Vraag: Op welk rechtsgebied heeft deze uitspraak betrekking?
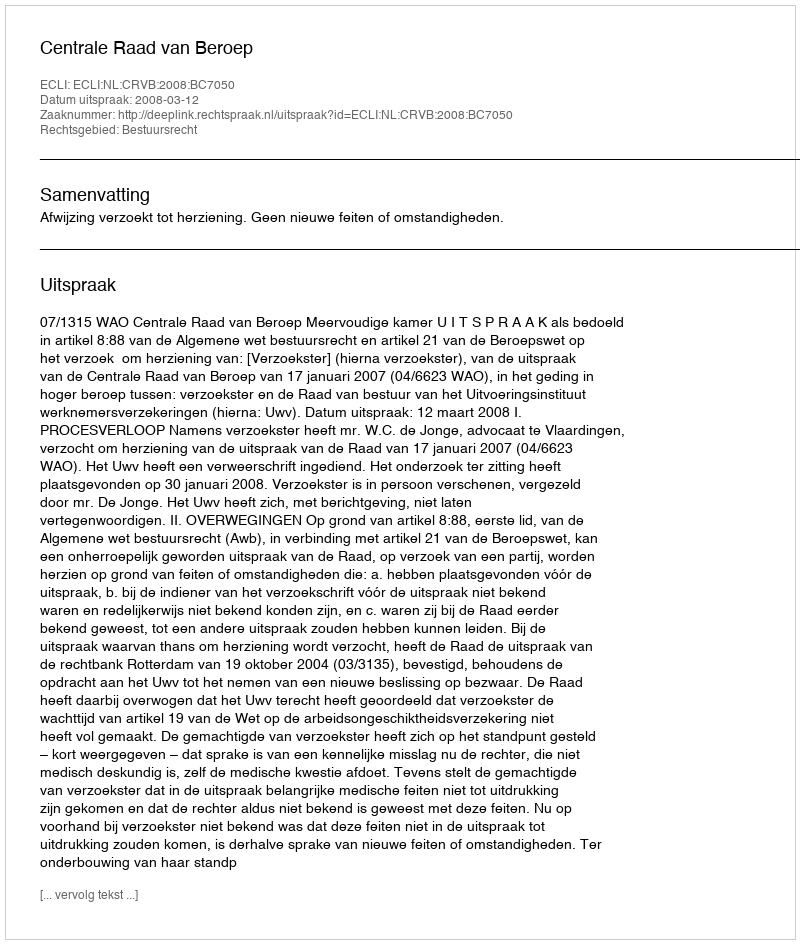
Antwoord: Bestuursrecht